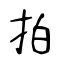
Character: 拍